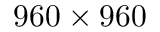
9 6 0 \times 9 6 0